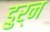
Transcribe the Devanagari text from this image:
डुर्न